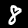
Label: 8